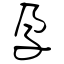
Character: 孕